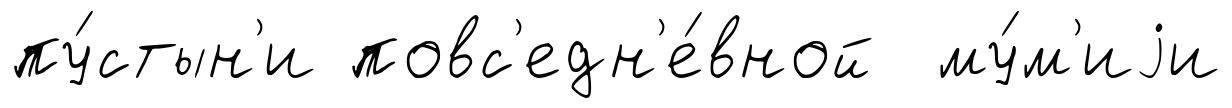
пу́стын'и повс'едн'е́вной му́м'иjи